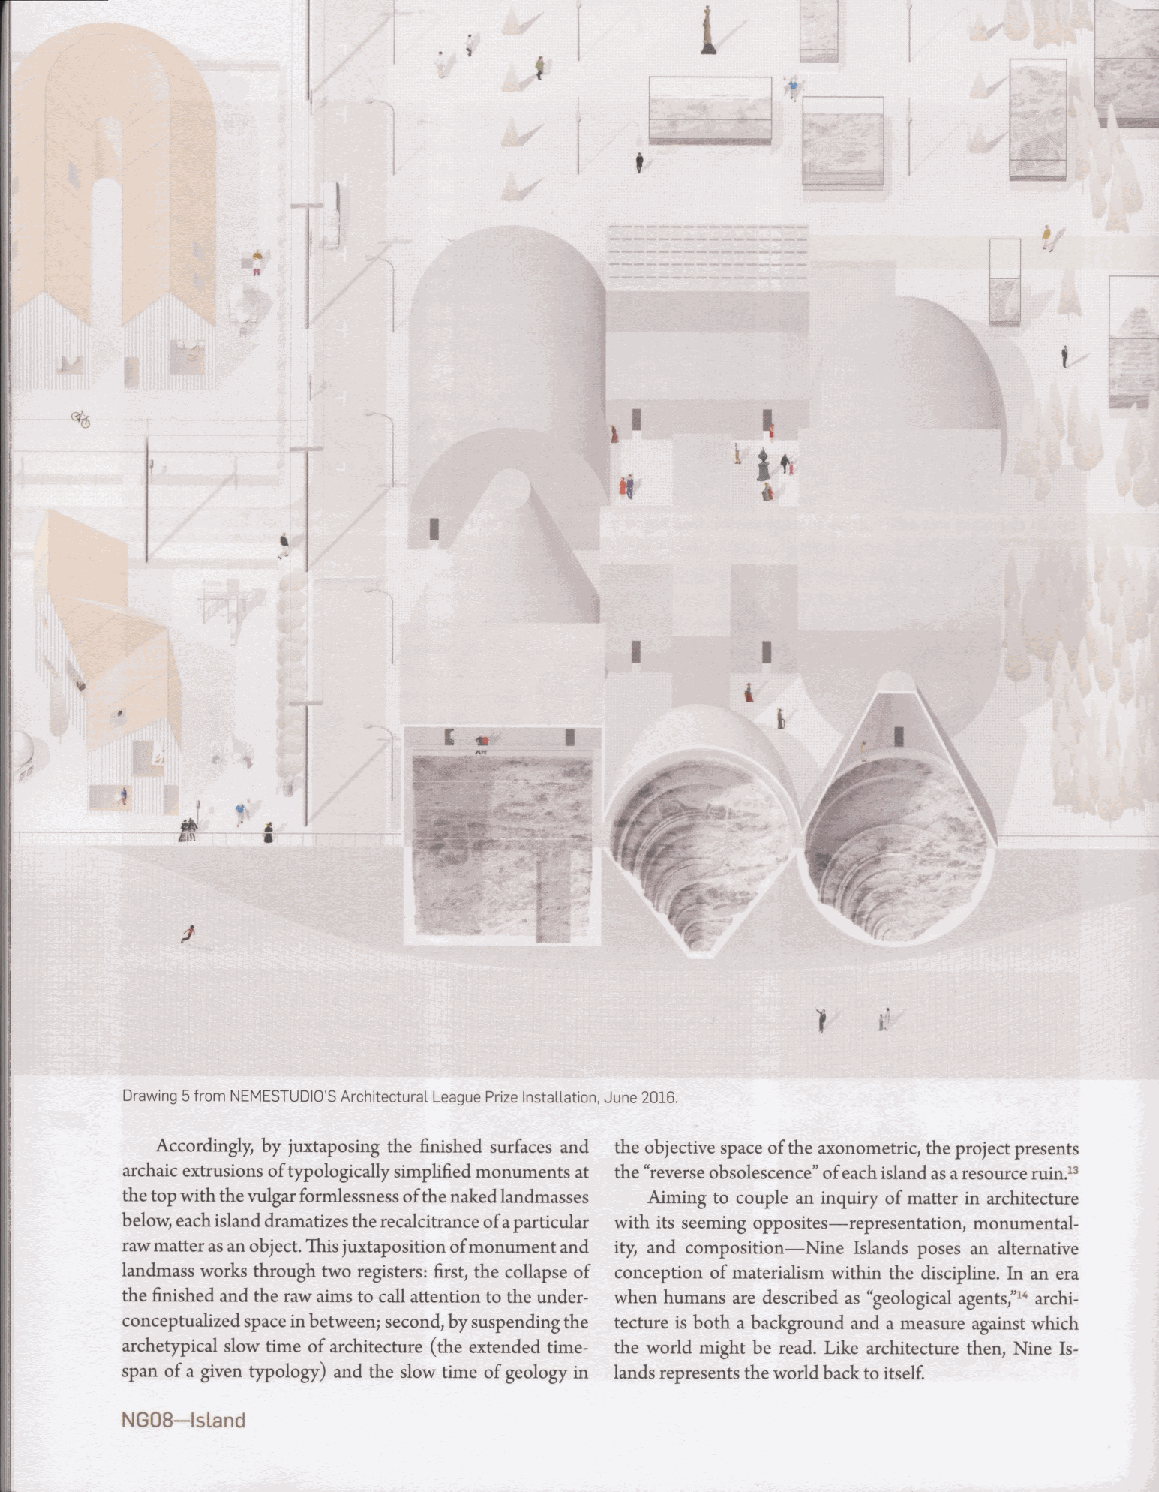
I      Drawing 5 from NEMESTUDIO'S Architectural League Prize Installation, June 2016.
 t
 Accordingly, by juxtaposing the finished surfaces and the objective space of the axonometric, the project presents
 archaic extrusions of typologically simplified monuments at the “reverse obsolescence” of each island as a resource ruin.^^
 the top with the vulgar formlessness of the naked landmasses Aiming to couple an inquiry of matter in architecture
 below, each island dramatizes the recalcitrance of a particular with its seeming opposites—representation, monumental-
 .1
 raw matter as an object. This juxtaposition of monument and ity, and composition—Nine Islands poses an alternative
 landmass works through two registers: first, the collapse of conception of materialism within the discipline. In an era
 the finished and the raw aims to call attention to the under­ when humans are described as “geological agents,”^^ archi­
 conceptualized space in between; second, by suspending the tecture is both a background and a measure against which
 archetypical slow time of architecture (the extended time- the world might be read. Like architecture then. Nine Is­
 span of a given typology) and the slow time of geology in lands represents the world back to itself
 NG08-lsland